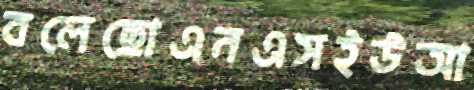
বলেছোএনএসইউআ